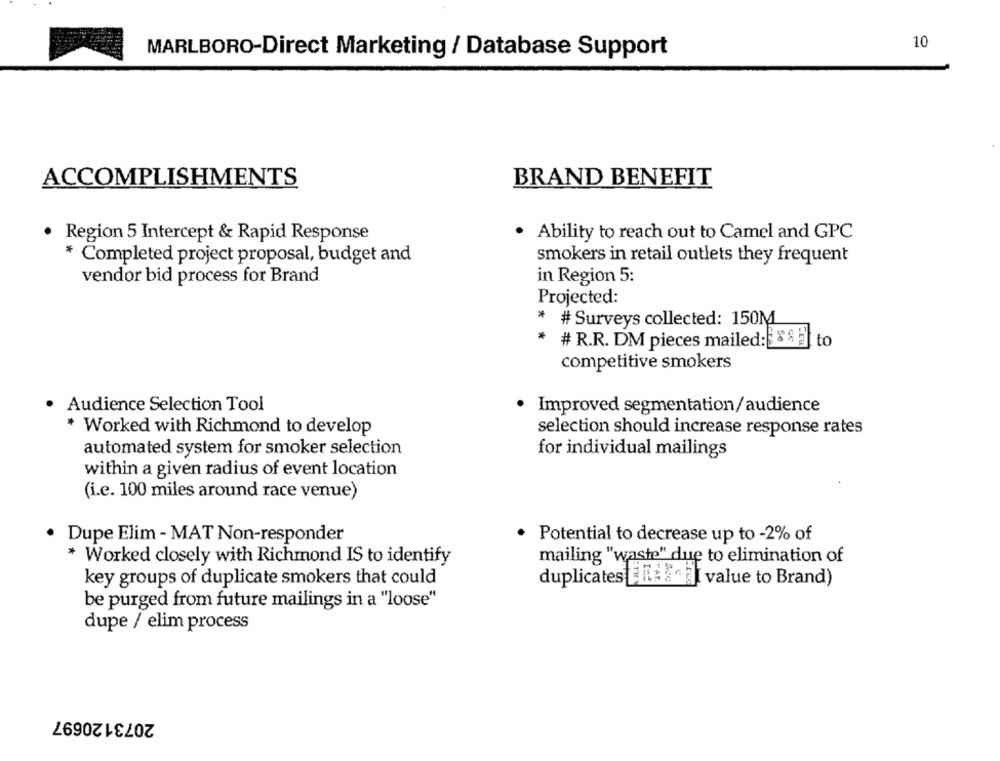
10
MARLBORO-Direct Marketing / Database Support
BRAND BENEFIT
ACCOMPLISHMENTS
. Ability to reach out to Camel and GPC
· Region 5 Intercept & Rapid Response
smokers in retail outlets they frequent
* Completed project proposal, budget and
vendor bid process for Brand
in Region 5:
Projected:
* # Surveys collected: 150M
* # R.R. DM pieces mailed: 88 atto
competitive smokers
Audience Selection Tool
· Improved segmentation/audience
* Worked with Richmond to develop
selection should increase response rates
automated system for smoker selection
for individual mailings
within a given radius of event location
(i.e. 100 miles around race venue)
Dupe Elim - MAT Non-responder
· Potential to decrease up to -2% of
* Worked closely with Richmond IS to identify
mailing "waste" due to elimination of
key groups of duplicate smokers that could
duplicates lich at value to Brand)
be purged from future mailings in a "loose"
dupe / elim process
2073120697